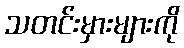
သတင်းမှားများကို